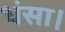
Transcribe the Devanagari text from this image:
धंसा।